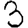
Digit: 3